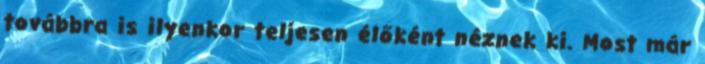
továbbra is ilyenkor teljesen élőként néznek ki. Most már